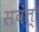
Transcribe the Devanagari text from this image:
सवंत्